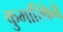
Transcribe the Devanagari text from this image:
कुमारिकेचे